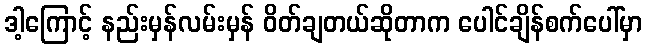
ဒါ့ကြောင့် နည်းမှန်လမ်းမှန် ဝိတ်ချတယ်ဆိုတာက ပေါင်ချိန်စက်ပေါ်မှာ